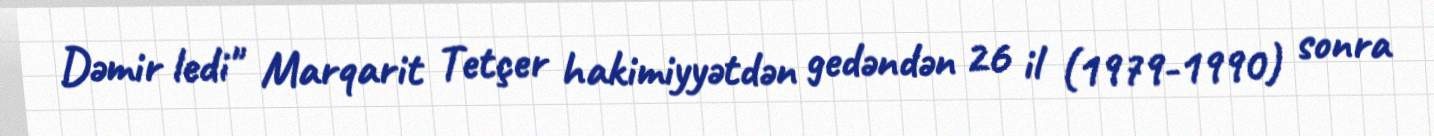
Dəmir ledi" Marqarit Tetçer hakimiyyətdən gedəndən 26 il (1979-1990) sonra